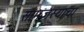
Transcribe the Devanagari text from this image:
सांमजस्याचा